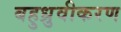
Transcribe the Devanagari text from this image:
बहुध्रुवीकरण